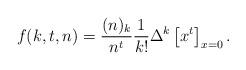
LaTeX: \begin{align*}f(k,t,n) = \frac{(n)_k}{n^t} \frac{1}{k!} \Delta^{k} \left[ x^t \right]_{x=0}^{}.\end{align*}